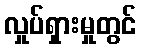
လှုပ်ရှားမှုတွင်